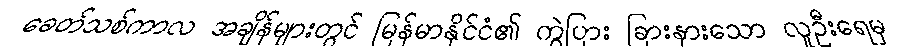
ခေတ်သစ်ကာလ အချိန်များတွင် မြန်မာနိုင်ငံ၏ ကွဲပြား ခြားနားသော လူဦးရေမှ